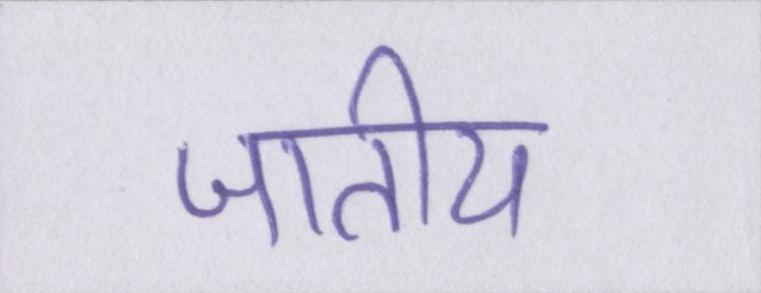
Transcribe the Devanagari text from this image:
जातीय